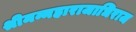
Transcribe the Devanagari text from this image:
श्रीमन्महाराजाधिराज